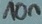
Text: 10n